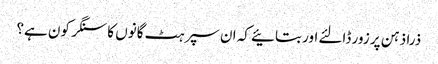
ذرا ذہن پر زور ڈالئے اور بتائیے کہ ان سپرہٹ گانوں کا سنگر کون ہے؟